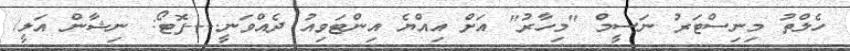
ހެލްތު މިނިސްޓަރު ނަސީމް "މިހާރު" އަށް އިއްޔެ އިންޓަވިއު ދެއްވަނީ.---ފޮޓޯ: ނިޝާން އަލީ/